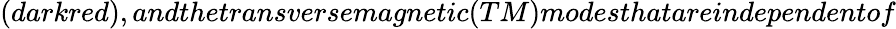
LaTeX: (darkred),andthetransversemagnetic(TM)modesthatareindependentof